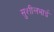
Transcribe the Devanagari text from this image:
सुशीलभाई